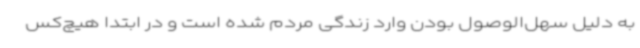
به دلیل سهل‌الوصول بودن وارد زندگی مردم شده است و در ابتدا هیچ‌کس